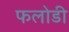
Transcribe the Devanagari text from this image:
फलोडी